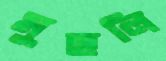
মুছলি